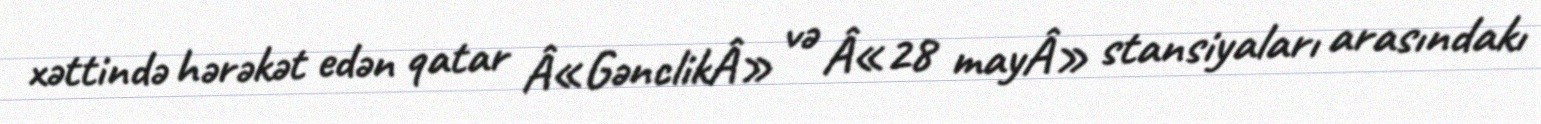
xəttində hərəkət edən qatar Â«GənclikÂ» və Â«28 mayÂ» stansiyaları arasındakı